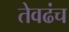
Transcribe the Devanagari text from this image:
तेवढंच